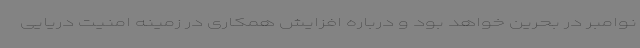
نوامبر در بحرین خواهد بود و درباره افزایش همکاری در زمینه امنیت دریایی